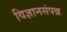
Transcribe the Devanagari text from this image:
विज्ञानसंपन्न